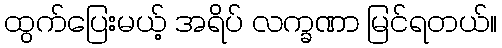
ထွက်ပြေးမယ့် အရိပ် လက္ခဏာ မြင်ရတယ်။